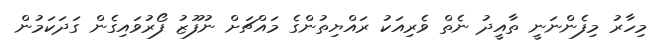
މިހާރު މިފެންނަނީ ތާއީދު ނެތް ވެރިއަކު ރައްޔިތުންގެ މައްޗަށް ނުފޫޒު ފޯރުވައިގެން ގަދަކަމުން